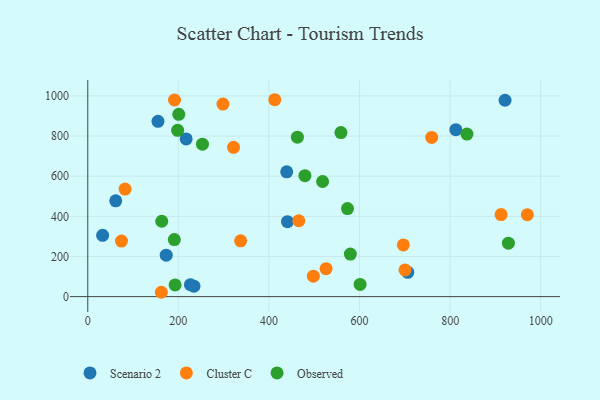
{"axis": {"x": "Price", "y": "Profit"}, "legend": ["Cluster C", "Observed", "Scenario 2"], "data": [{"x": "234.4", "y": 52.0, "type": "Scenario 2"}, {"x": "217.2", "y": 785.7, "type": "Scenario 2"}, {"x": "812.6", "y": 831.6, "type": "Scenario 2"}, {"x": "439.2", "y": 621.8, "type": "Scenario 2"}, {"x": "61.7", "y": 477.1, "type": "Scenario 2"}, {"x": "706.5", "y": 121.2, "type": "Scenario 2"}, {"x": "440.9", "y": 373.3, "type": "Scenario 2"}, {"x": "173.2", "y": 206.3, "type": "Scenario 2"}, {"x": "921.2", "y": 978.3, "type": "Scenario 2"}, {"x": "226.6", "y": 59.5, "type": "Scenario 2"}, {"x": "155.0", "y": 873.5, "type": "Scenario 2"}, {"x": "32.8", "y": 305.3, "type": "Scenario 2"}, {"x": "696.7", "y": 257.3, "type": "Cluster C"}, {"x": "191.5", "y": 979.7, "type": "Cluster C"}, {"x": "82.4", "y": 535.8, "type": "Cluster C"}, {"x": "759.3", "y": 793.3, "type": "Cluster C"}, {"x": "74.4", "y": 276.6, "type": "Cluster C"}, {"x": "498.0", "y": 101.6, "type": "Cluster C"}, {"x": "298.5", "y": 959.5, "type": "Cluster C"}, {"x": "465.9", "y": 378.1, "type": "Cluster C"}, {"x": "700.4", "y": 132.9, "type": "Cluster C"}, {"x": "912.5", "y": 408.6, "type": "Cluster C"}, {"x": "526.1", "y": 139.3, "type": "Cluster C"}, {"x": "337.5", "y": 277.8, "type": "Cluster C"}, {"x": "412.8", "y": 981.0, "type": "Cluster C"}, {"x": "321.8", "y": 743.6, "type": "Cluster C"}, {"x": "162.4", "y": 21.6, "type": "Cluster C"}, {"x": "970.5", "y": 408.1, "type": "Cluster C"}, {"x": "191.1", "y": 284.2, "type": "Observed"}, {"x": "479.4", "y": 602.5, "type": "Observed"}, {"x": "198.4", "y": 828.6, "type": "Observed"}, {"x": "558.9", "y": 817.2, "type": "Observed"}, {"x": "573.4", "y": 438.8, "type": "Observed"}, {"x": "928.6", "y": 266.1, "type": "Observed"}, {"x": "518.4", "y": 573.5, "type": "Observed"}, {"x": "253.2", "y": 759.4, "type": "Observed"}, {"x": "601.2", "y": 60.5, "type": "Observed"}, {"x": "163.3", "y": 375.6, "type": "Observed"}, {"x": "192.8", "y": 58.4, "type": "Observed"}, {"x": "462.8", "y": 794.2, "type": "Observed"}, {"x": "579.7", "y": 212.1, "type": "Observed"}, {"x": "200.9", "y": 908.2, "type": "Observed"}, {"x": "837.1", "y": 809.8, "type": "Observed"}]}